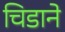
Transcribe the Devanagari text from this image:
चिडाने